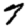
Digit: 7